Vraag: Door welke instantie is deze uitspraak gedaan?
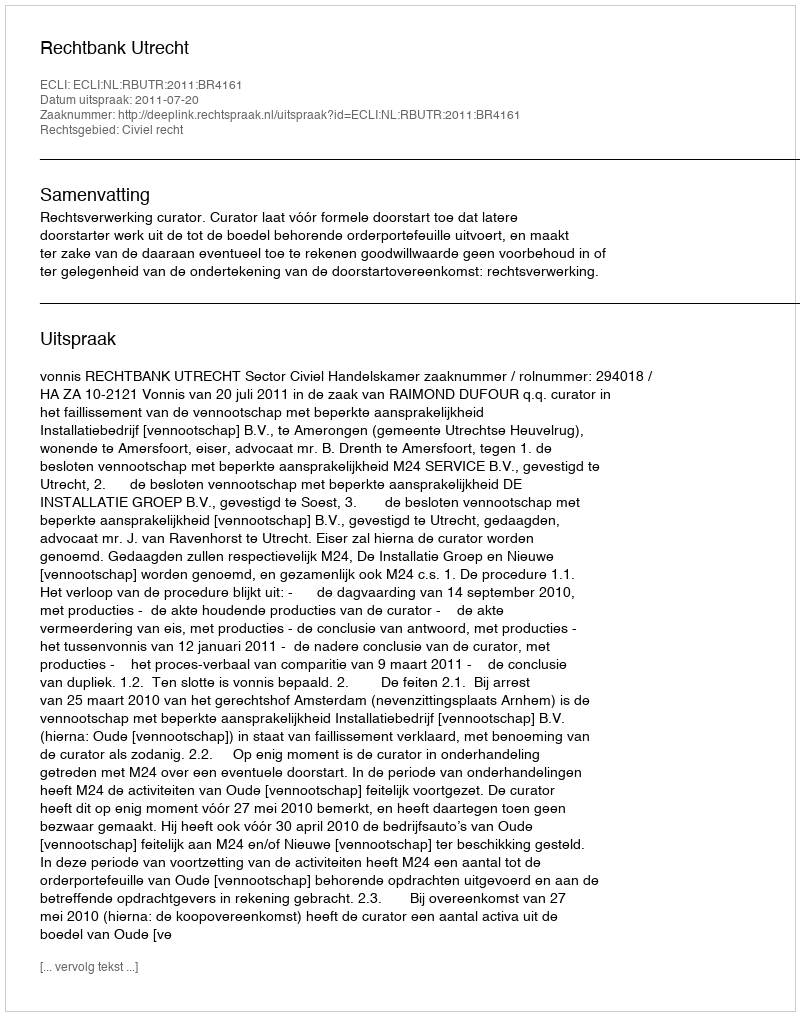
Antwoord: Rechtbank Utrecht